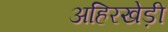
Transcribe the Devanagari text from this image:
अहिरखेड़ी